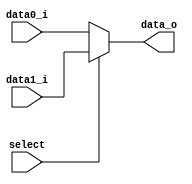
//Subject:     CO project 2 - MUX 221
//--------------------------------------------------------------------------------
//Version:     1
//--------------------------------------------------------------------------------
//Writer:      Luke
//----------------------------------------------
//----------------------------------------------
//Description: 
//--------------------------------------------------------------------------------
     
module MUX_2to1(
               data0_i,
               data1_i,
               select,
               data_o
               );

parameter size = 0;			   
			
//I/O ports               
input   [size-1:0] data0_i;          
input   [size-1:0] data1_i;
input              select;
output  [size-1:0] data_o; 

//Internal Signals
reg     [size-1:0] data_o;

//Main function
always @(*)begin
    data_o = select ? data1_i : data0_i;
end

endmodule